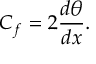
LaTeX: C _ { f } = 2 { \frac { d \theta } { d x } } .